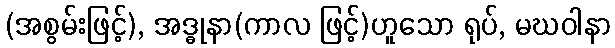
(အစွမ်းဖြင့်), အဒ္ဓုနာ(ကာလ ဖြင့်)ဟူသော ရုပ်, မဃဝါနာ